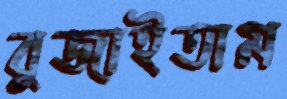
বুজাইতাম